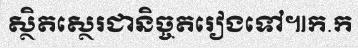
ស្ថិតស្ថេរជានិច្ចតរៀងទៅ៕ក.ក